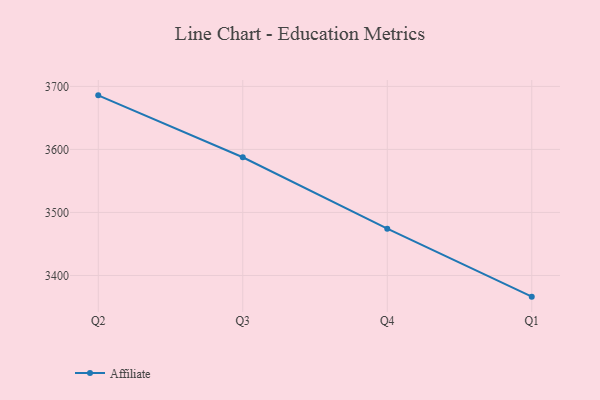
{"axis": {"x": "Quarter", "y": "Waste Production (Tons)"}, "legend": ["Affiliate"], "data": [{"x": "Q2", "y": 3685.8, "type": "Affiliate"}, {"x": "Q3", "y": 3587.6, "type": "Affiliate"}, {"x": "Q4", "y": 3474.3, "type": "Affiliate"}, {"x": "Q1", "y": 3366.4, "type": "Affiliate"}]}